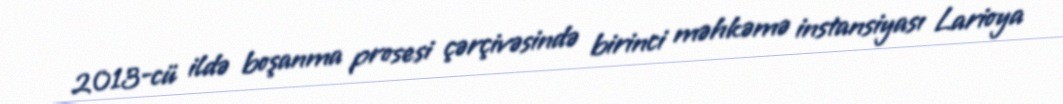
2013-cü ildə boşanma prosesi çərçivəsində birinci məhkəmə instansiyası Larioya